Indian journal of veterinary science and animal husbandry - Volume 10,
Year: 1940
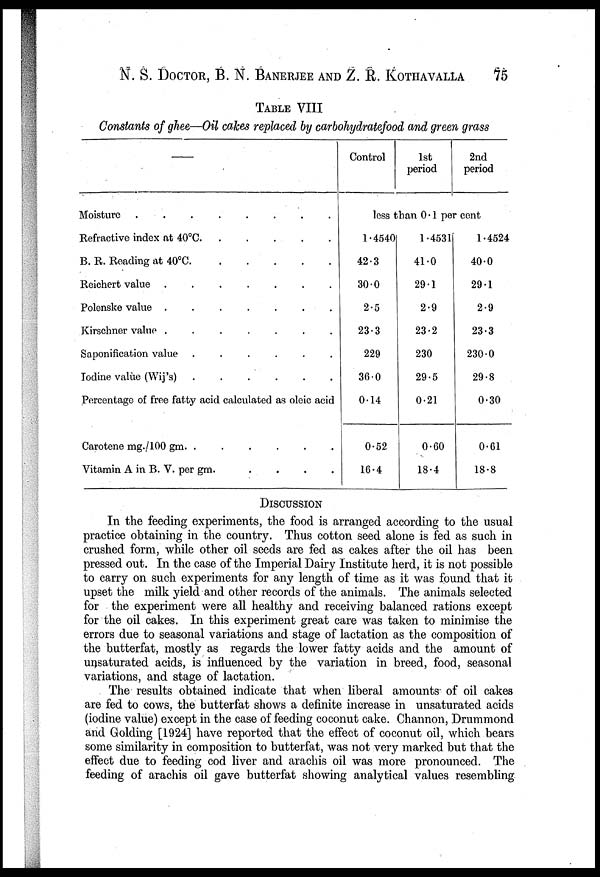
N. S. DOCTOR, B. N. BANERJEE AND Z. R. KOTHAVALLA 75
TABLE VIII
Constants of ghee—Oil cakes replaced by carbohydratefood and green grass
—
Moisture
........
Refractive index at 40°C
B. R. Reading at 40°C
Reichert value
.......
Polenske value
.......
Kirschner value
.......
Saponification value
......
Iodine value (Wij's)
......
Percentage of free fatty acid calculated as oleic acid
Carotene mg./100 gm.
......
Vitamin A in B. V. per gm.
....
Control
1st
period
2nd
period
less than 0.1 per cent
1.4540
42.3
30.0
2.5
23.3
229
30.0
0.14
0.52
16.4
1.4531
41.0
29.1
2.9
23.2
230
29.5
0.21
0.60
18.4
1.4524
40.0
29.1
2.9
23.3
230.0
29.8
0.30
0.61
18.8
DISCUSSION
In the feeding experiments, the food is arranged according to the usual
practice obtaining in the country. Thus cotton seed alone is fed as such in
crushed form, while other oil seeds are fed as cakes after the oil has been
pressed out. In the case of the Imperial Dairy Institute herd, it is not possible
to carry on such experiments for any length of time as it was found that it
upset the milk yield and other records of the animals. The animals selected
for the experiment were all healthy and receiving balanced rations except
for the oil cakes. In this experiment great care was taken to minimise the
errors due to seasonal variations and stage of lactation as the composition of
the butterfat, mostly as regards the lower fatty acids and the amount of
unsaturated acids, is influenced by the variation in breed, food, seasonal
variations, and stage of lactation.
The results obtained indicate that when liberal amounts of oil cakes
are fed to cows, the butterfat shows a definite increase in unsaturated acids
(iodine value) except in the case of feeding coconut cake. Channon, Drummond
and Golding [1924] have reported that the effect of coconut oil, which bears
some similarity in composition to butterfat, was not very marked but that the
effect due to feeding cod liver and arachis oil was more pronounced. The
feeding of arachis oil gave butterfat showing analytical values resembling